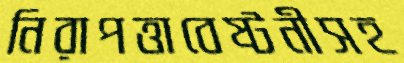
নিরাপত্তাবেষ্টনীসহ